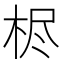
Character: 𰗦